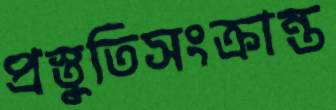
প্রস্তুতিসংক্রান্ত